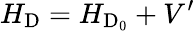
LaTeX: H_{\mathrm{D}}=H_{\mathrm{D_{0}}}+V^{\prime}